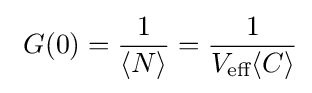
\ G(0)={\frac {1}{\langle N\rangle }}={\frac {1}{V_{\text{eff}}\langle C\rangle }}